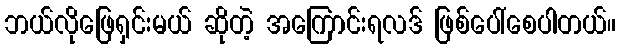
ဘယ်လိုဖြေရှင်းမယ် ဆိုတဲ့ အကြောင်းရလဒ် ဖြစ်ပေါ်စေပါတယ်။